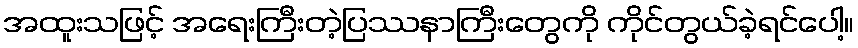
အထူးသဖြင့် အရေးကြီးတဲ့ပြဿနာကြီးတွေကို ကိုင်တွယ်ခဲ့ရင်ပေါ့။